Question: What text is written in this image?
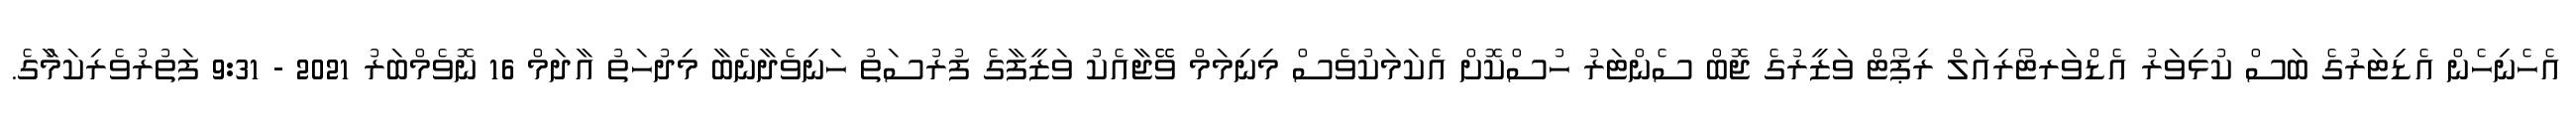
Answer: އެހެނިހެން އެޑިޓަރުގެ ބަސް ކުޅިވަރު އެޑްވަރޓޯރިއަލް ރިޕޯޓް ވަޒީރުގެ ޖޮބް ސެންޓަރު ހުސްކޮށް އެކަމަކުވެސް މިނިމަމް ވޭޭޖާއެކު ވަޒީފާގެ ފުރުސަތު ހަނިވެދާނެބާ މިދުހަތު އާދަމް 16 ނޮވެމްބަރު 2021 - 9:31 ފަތުރުވެރިކަމާުގެ.